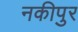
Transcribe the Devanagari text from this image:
नकीपुर